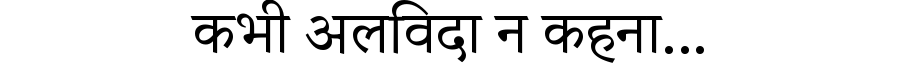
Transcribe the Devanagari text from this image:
कभी अलविदा न कहना...